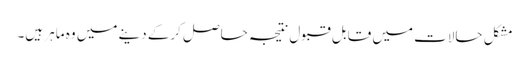
مشکل حالات میں قابل قبول نتیجہ حاصل کرکے دینے میں وہ ماہر ہیں۔